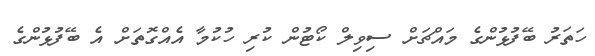
ހަތަރު ބޭފުޅުންގެ މައްޗަށް ސިވިލް ކޯޓުން ކުރި ހުކުމާ އެއްގޮތަށް އެ ބޭފުޅުންގެ